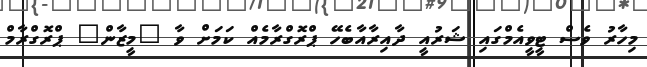
މިހާރު ވެސް ޓީވީއެމްގައި ޝަރުއީ ދާއިރާއާބެހޭ ޕްރޮގްރާމެއް ކަމަށް ވާ "މީޒާން" ޕްރޮގްރާމް